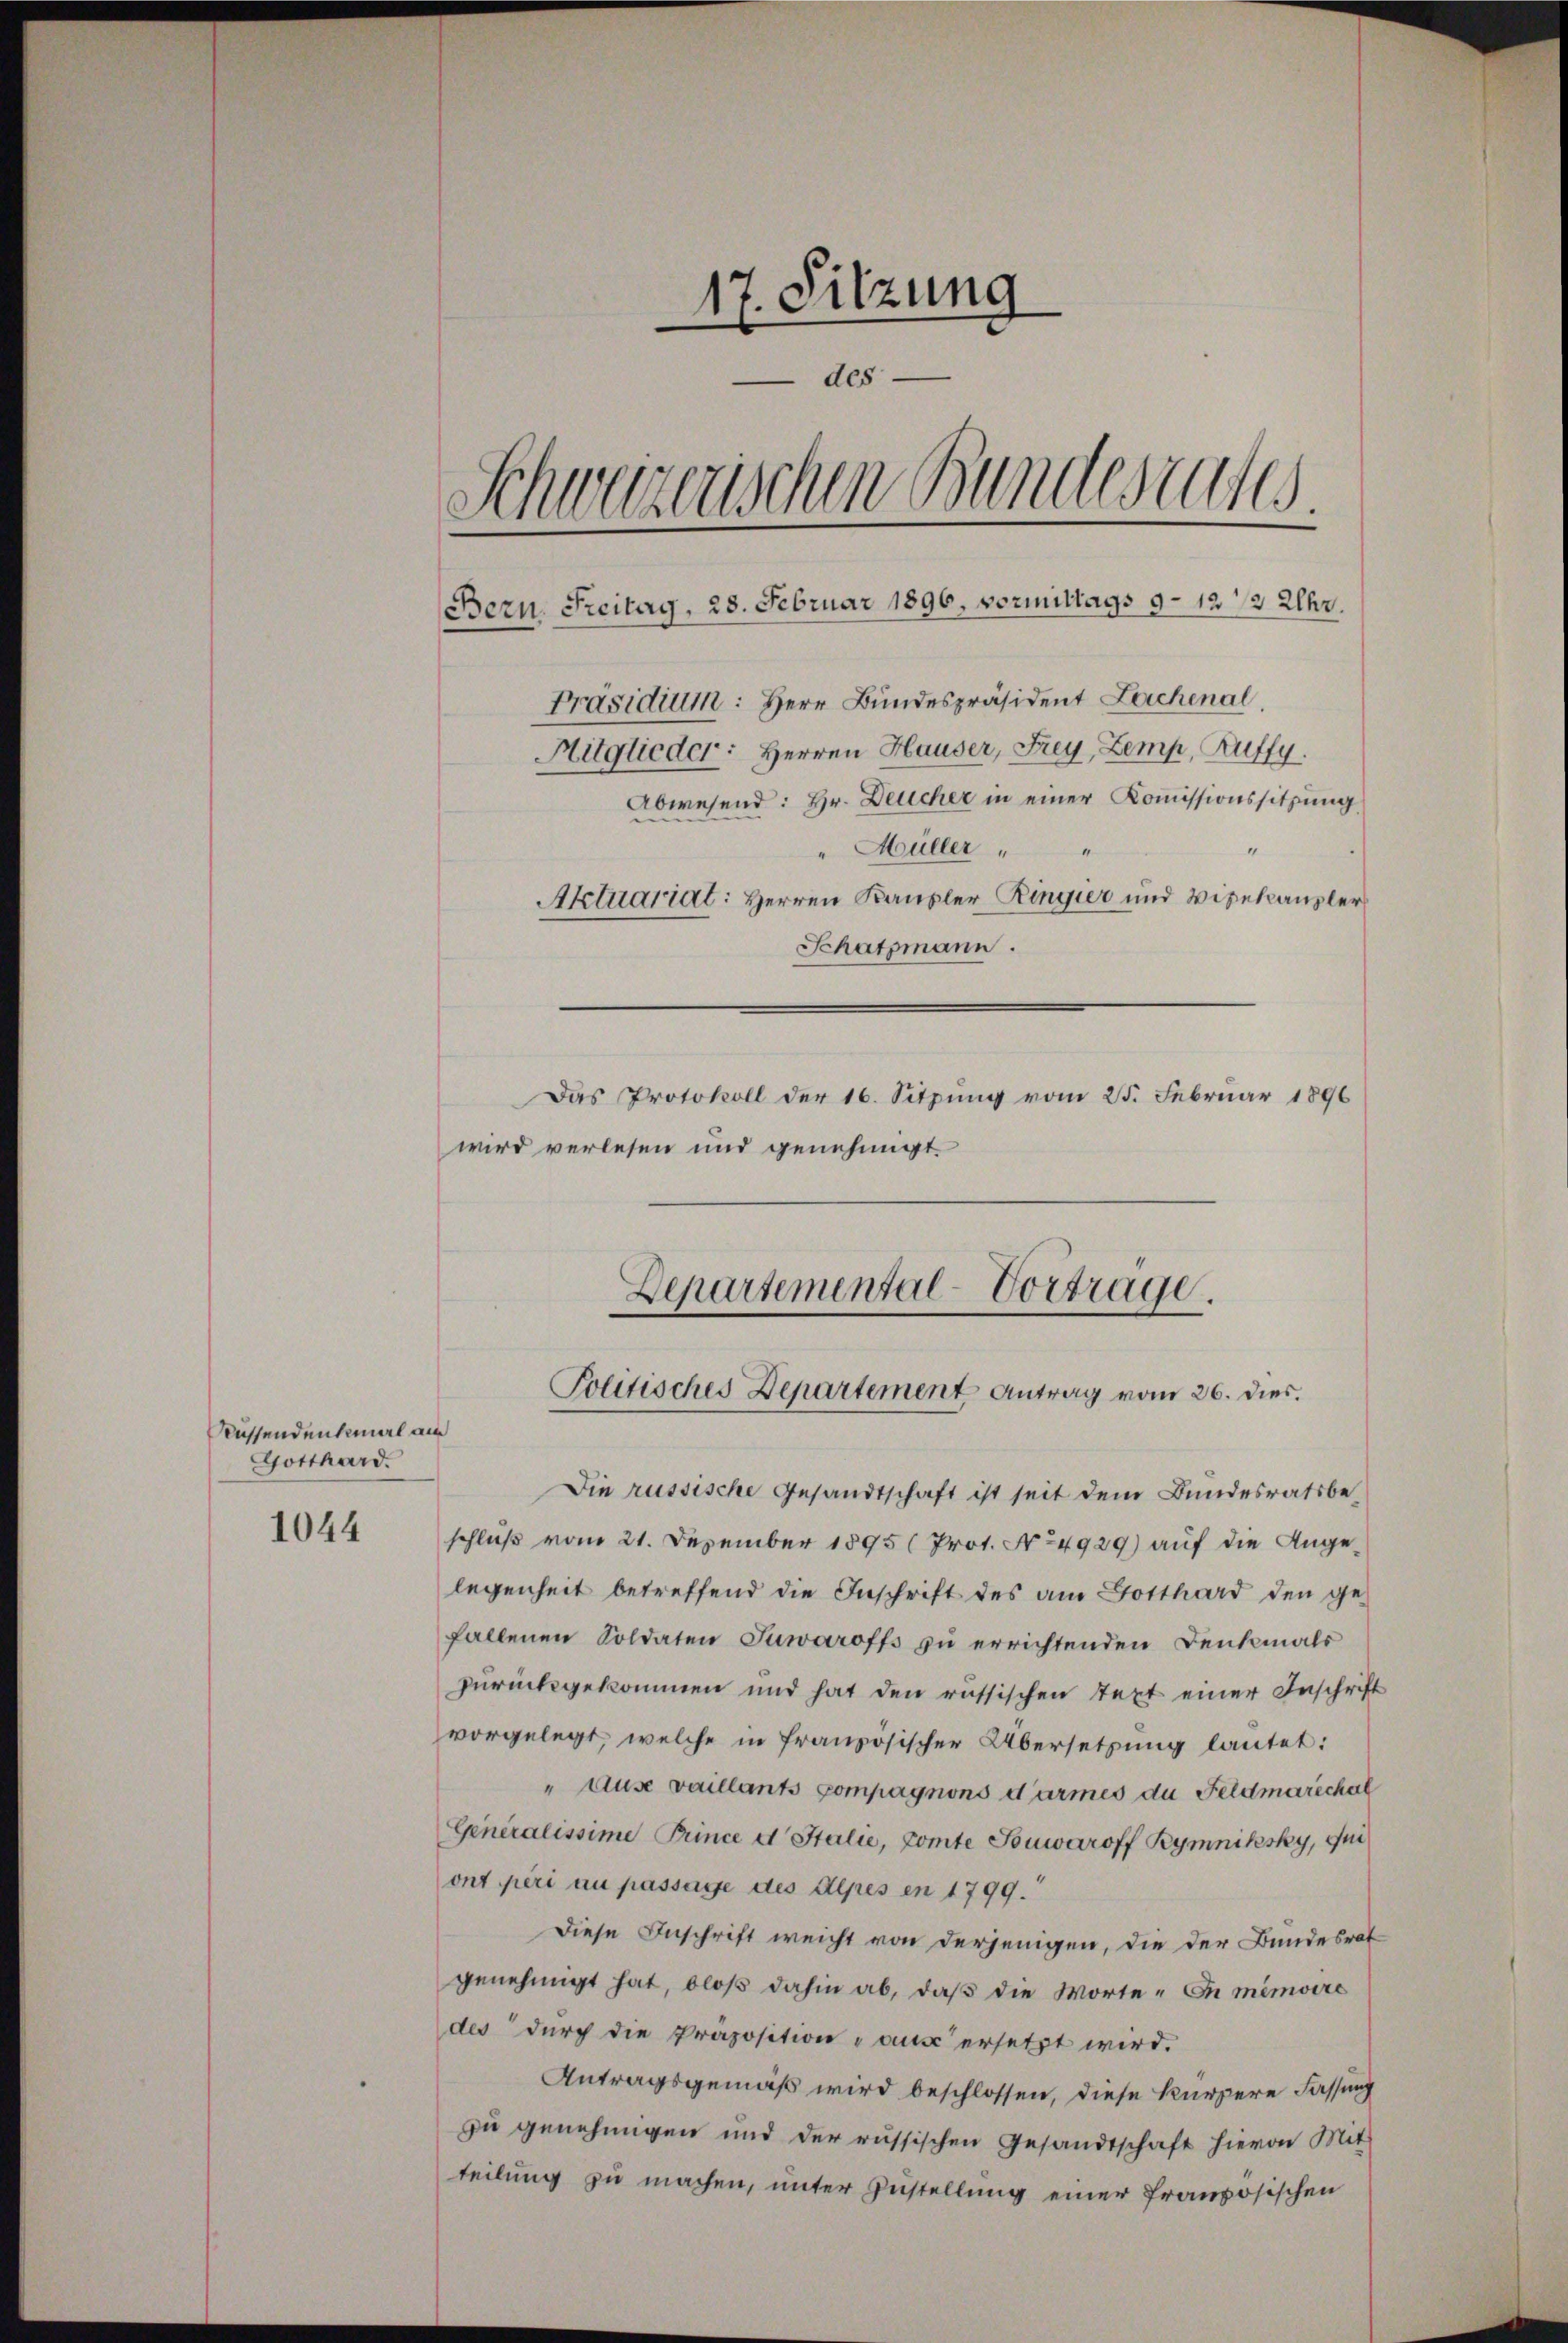
Küssendenkmal am
Gotthard.

1044

17. Sitzung
des.
Schweizerischen Bundesrates.
Bern, Freitag, 28. Februar 1896, vormittags 9–12 1/2 Uhr
Präsidium: Herr Bundespräsident Lachenal
Mitglieder: Herren Hauser, Frey, Zemp, Ruffy.
Abwesend: Hr. Deucher in einer Kommissionssitzung
" Müller
1
Aktuariat: Herren Kausler Ringier und Vizekanzler
Schatzmann.
Das Protokoll der 16. Sitzung vom 25. Februar 1896
wird verlesen und genehmigt.

Departemental-Vortrage.

Politisches Departement Antrag vom 26. dies.

Die russische Gesandtschaft ist seit dem Bundesratsbeschluß vom 21. Dezember 1895 (Prot. No 4929) auf die Angelegenheit betreffend die Inschrift des am Gotthard den ge-
fallenen Soldaten Suwaroffs zu errichtenden Denkmals
zurückgekommen und hat den russischen Text einer Inschrift
vorgelegt, welche in französischer Übersetzung lautet:
" ause vaillants pompagnons darmes du Feldmarchal
Generalissimi Prince d Stalie, Comte Souwaroff Rymniksky, qui
ont péri au passage des Alpes en 1799.
Diese Inschrift weicht von derjenigen, die der Bundesrat
genehmigt hat, bloβ dahin ab, daβ die Worte. In memoire
des durch die Präposition aus ersetzt wird.
Antragsgemäß wird beschlossen, diese kürzere Fassung
zu genehmigen und der russischen Gesandtschaft hievon Mit-
teilung zu machen, unter Zustellung einer französischen